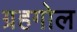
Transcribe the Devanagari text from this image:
ग्रहगोल